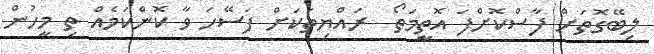
ލިބޭގޮތަށް ފާސްކޮށްފަ އޮތީމަތޯ  ރައްޔިތަކަށް ފަސޭހަ ވާ ކޮންކަމެއް ތި މީހުން